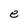
Character: e